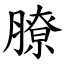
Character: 膫